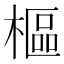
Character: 樞